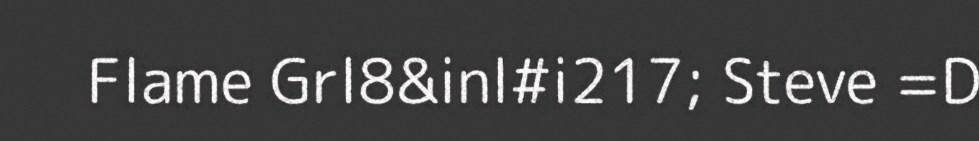
Flame Grl8&inl#i217; Steve =D